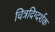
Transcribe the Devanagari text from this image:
चित्रदिग्दर्शक